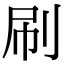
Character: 刷